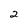
Character: 2